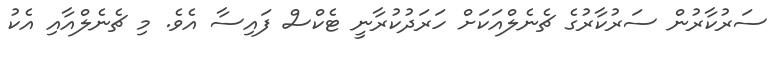
ސަރުކާރުން ސަރުކާރުގެ ޗެނެލްއަކަށް ހަރަދުކުރާނީ ޓެކްސް ފައިސާ އެވެ. މި ޗެނެލްއާއި އެކު